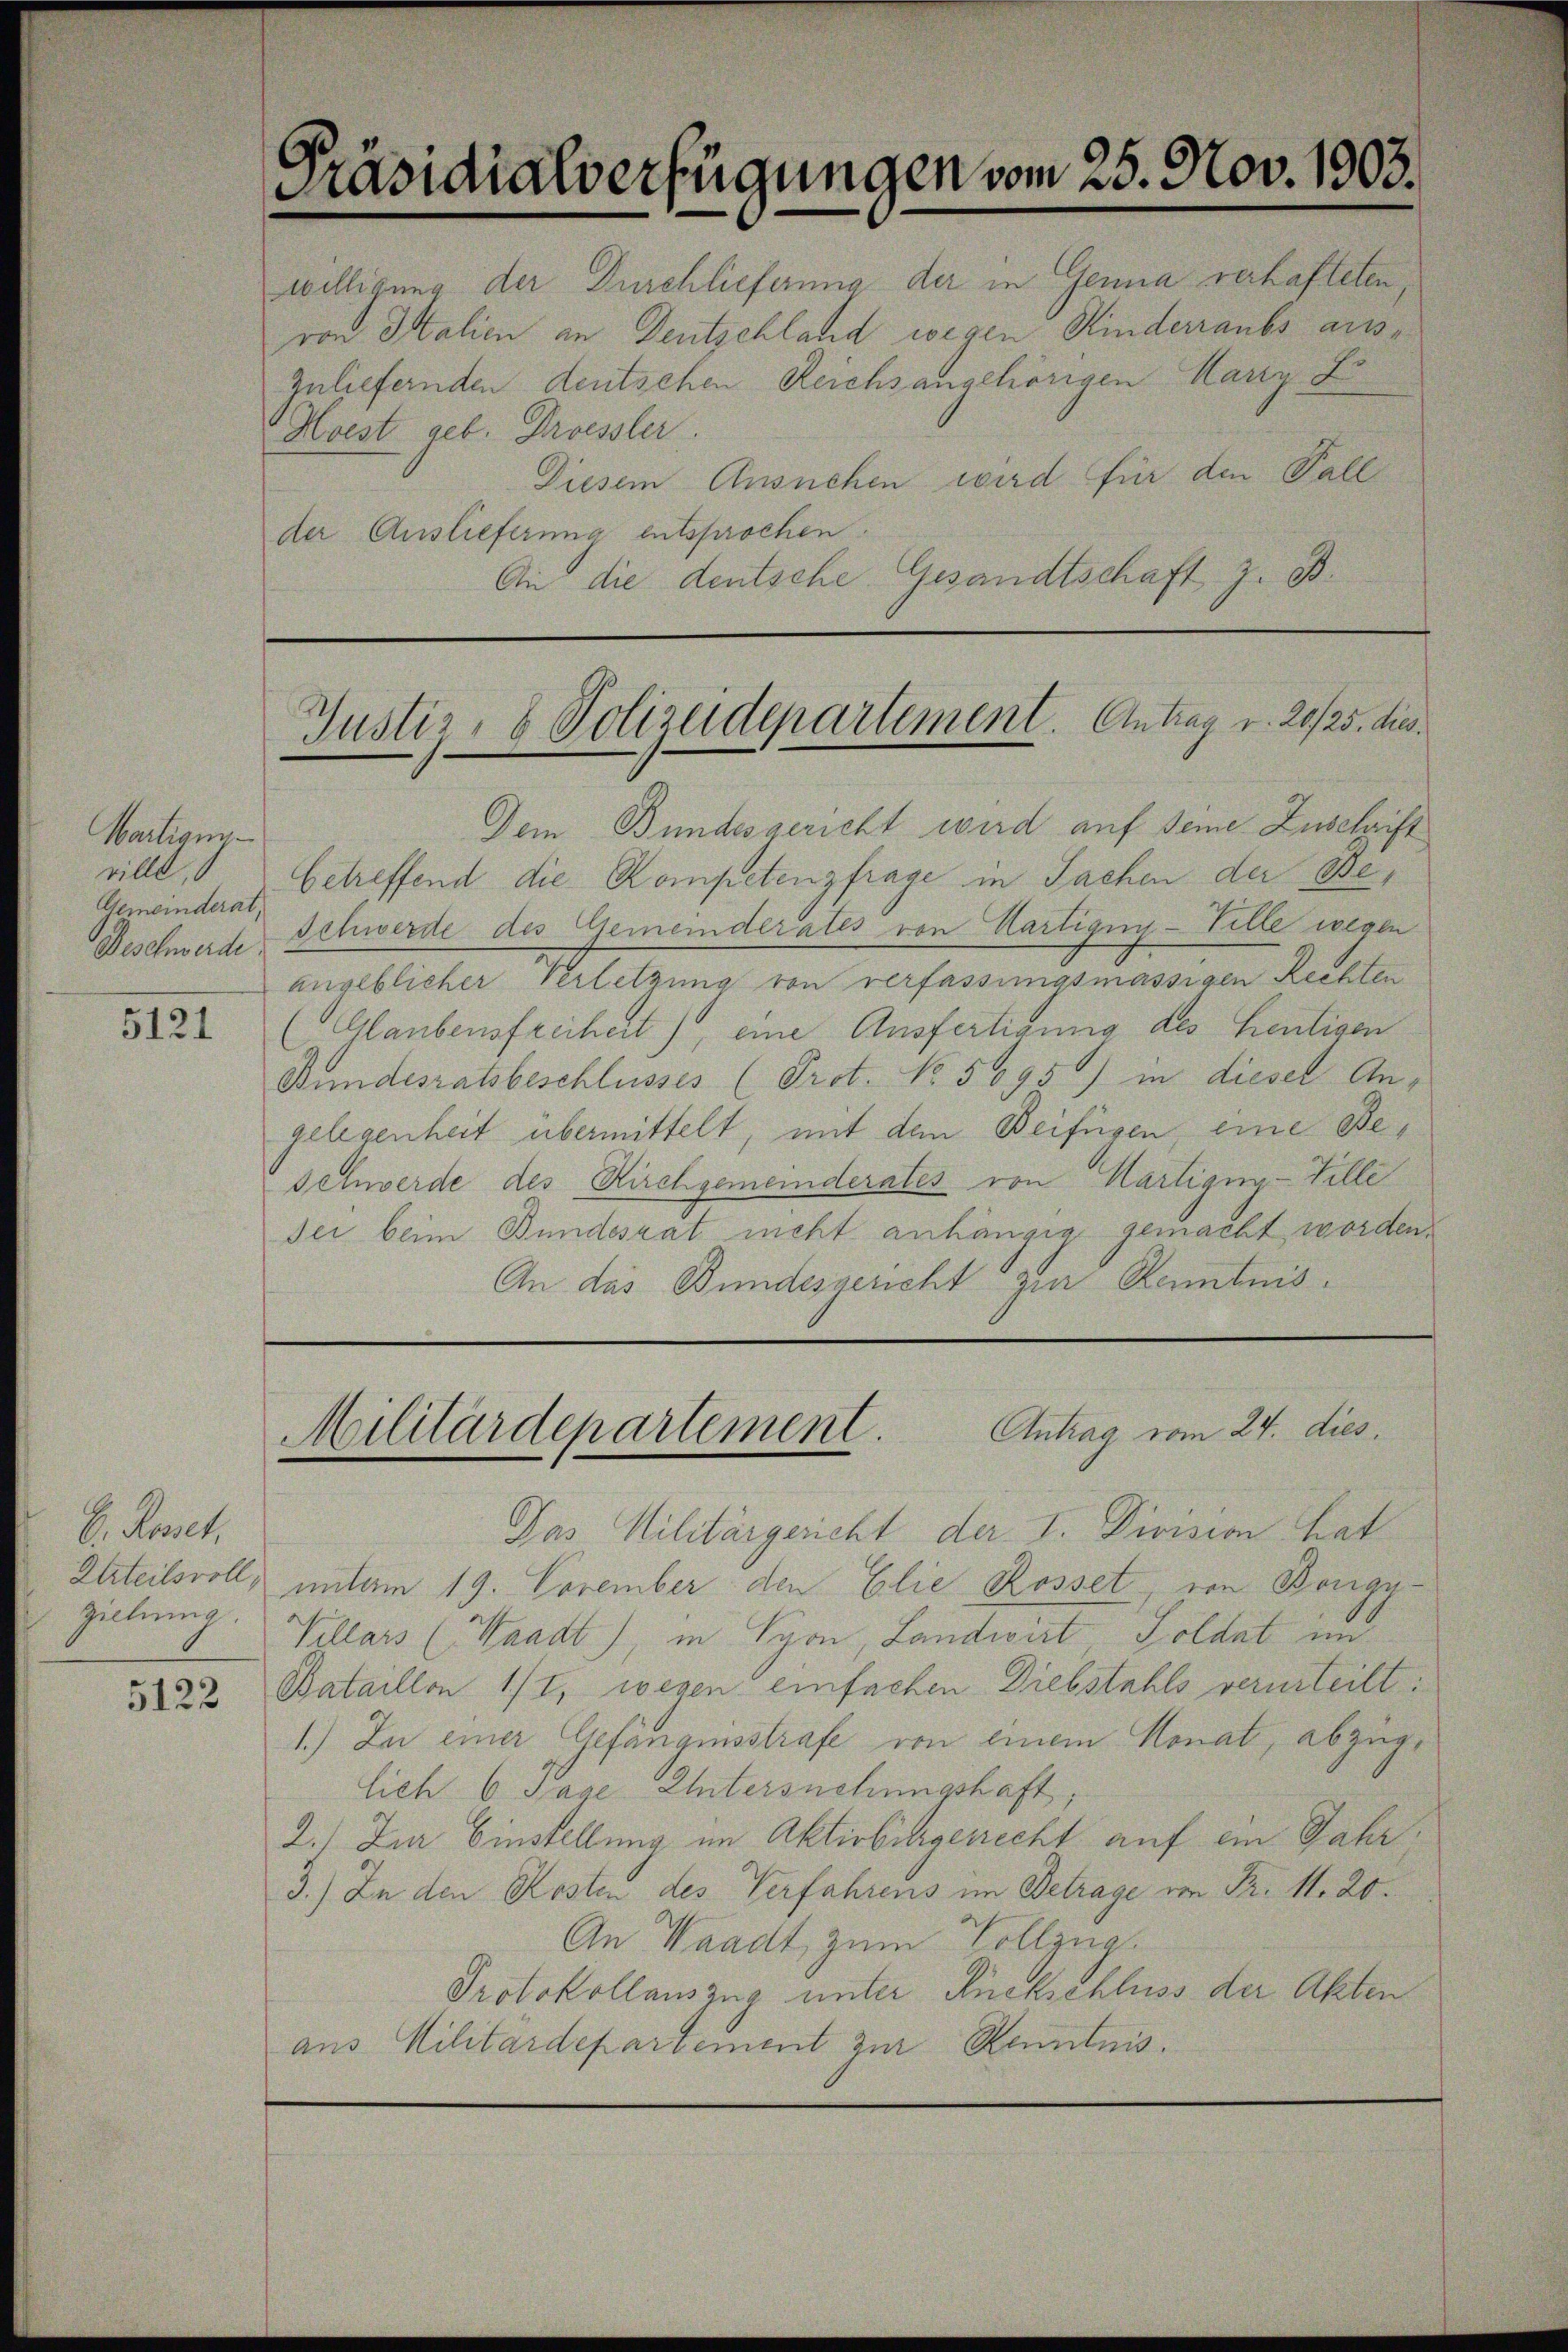
Martigun
ville,
Gemeinderat,

5121

E. Rosset.
Urteilsvoll,
zielung.

5122

Präsidialverfügungen vom 25. Nov. 1903.

willigung der Durchlieferung der in Genua verhafteten,
von Italien an Deutschland wegen Kinderraubs ausszuliefernden deutschen Reichsangehörigen Harry Lo¬
Hoest geb. Droessler.

Diesem Ansuchen wird für den Fall
der Auslieferung entsprochen.
An die deutsche Gesandtschaft z. B.

Dem Bundesgericht wird auf seine Zuschrift
betreffend die Kompetenzfrage in Sachen der Be¬
Geschwerde Schwerde des Gemeinderates von Martigny-Ville wegen
angeblicher Verletzung von verfassungsmässigen Rechten
(Glaubensfreiheit), eine Ausfertigung des heutigen
Bundesratsbeschlusses (Prot. No. 5095) in diesel An-
gelegenheit übermittelt, mit den Beifügen eine Be¬
Schwerde des Kirchgemeinderates von Märtigny-Tille
Sei beim Bundesrat nicht anhängig gemacht worden.
An das Bundesgericht zur Kenntnis.

Justiz- & Polizeidepartement. Antrag v. 20/25. dies

MMilitärdepartement. Antrag vom 24. dies

Das Militärgericht der I. Division hat
untam 19. November den Elie Rosset, von Bongy¬
Villars (Waadt), in Syon, Landwirt Soldat un
Bataillon 1/I, wegen einfachen Diebstahls verurteilt:
1.) In einer Gefängnisstrafe von einem Monat, abzuge
lich 6 Tage Untersuchungshaft,
2.) Zur Einstellung im Aktivbürgerrecht auf ein Jahr,
3.) In den Kosten des Verfahrens im Betrage von Fr. 1. 20.
An Waadt, zum Vollzug
Protokollauszug unter Rückschluss der Akten
aus Militärdepartement zur Kenntnis.